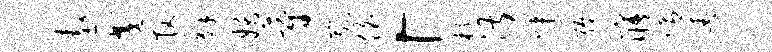
遨交管解妖蔚崴伯「杭湛媒弥寤喟春